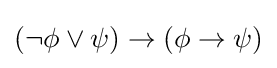
(\neg \phi \lor \psi )\to (\phi \to \psi )